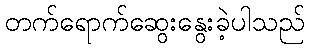
တက်ရောက်ဆွေးနွေးခဲ့ပါသည်